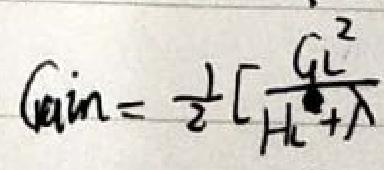
\[ \text{Gain}=\frac{1}{2}\left[\frac{G_{L}^{2}}{H_{L}+\lambda}\right] \]